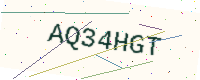
Text: AQ34HGT